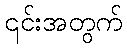
၎င်းအတွက်